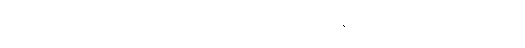
ငါသည်။ ရဟော၊ ဆိတ်ကွယ်ရာအရပ်ကို။ နပဿမိ၊ မမြင်။ ယတ္ထ၊